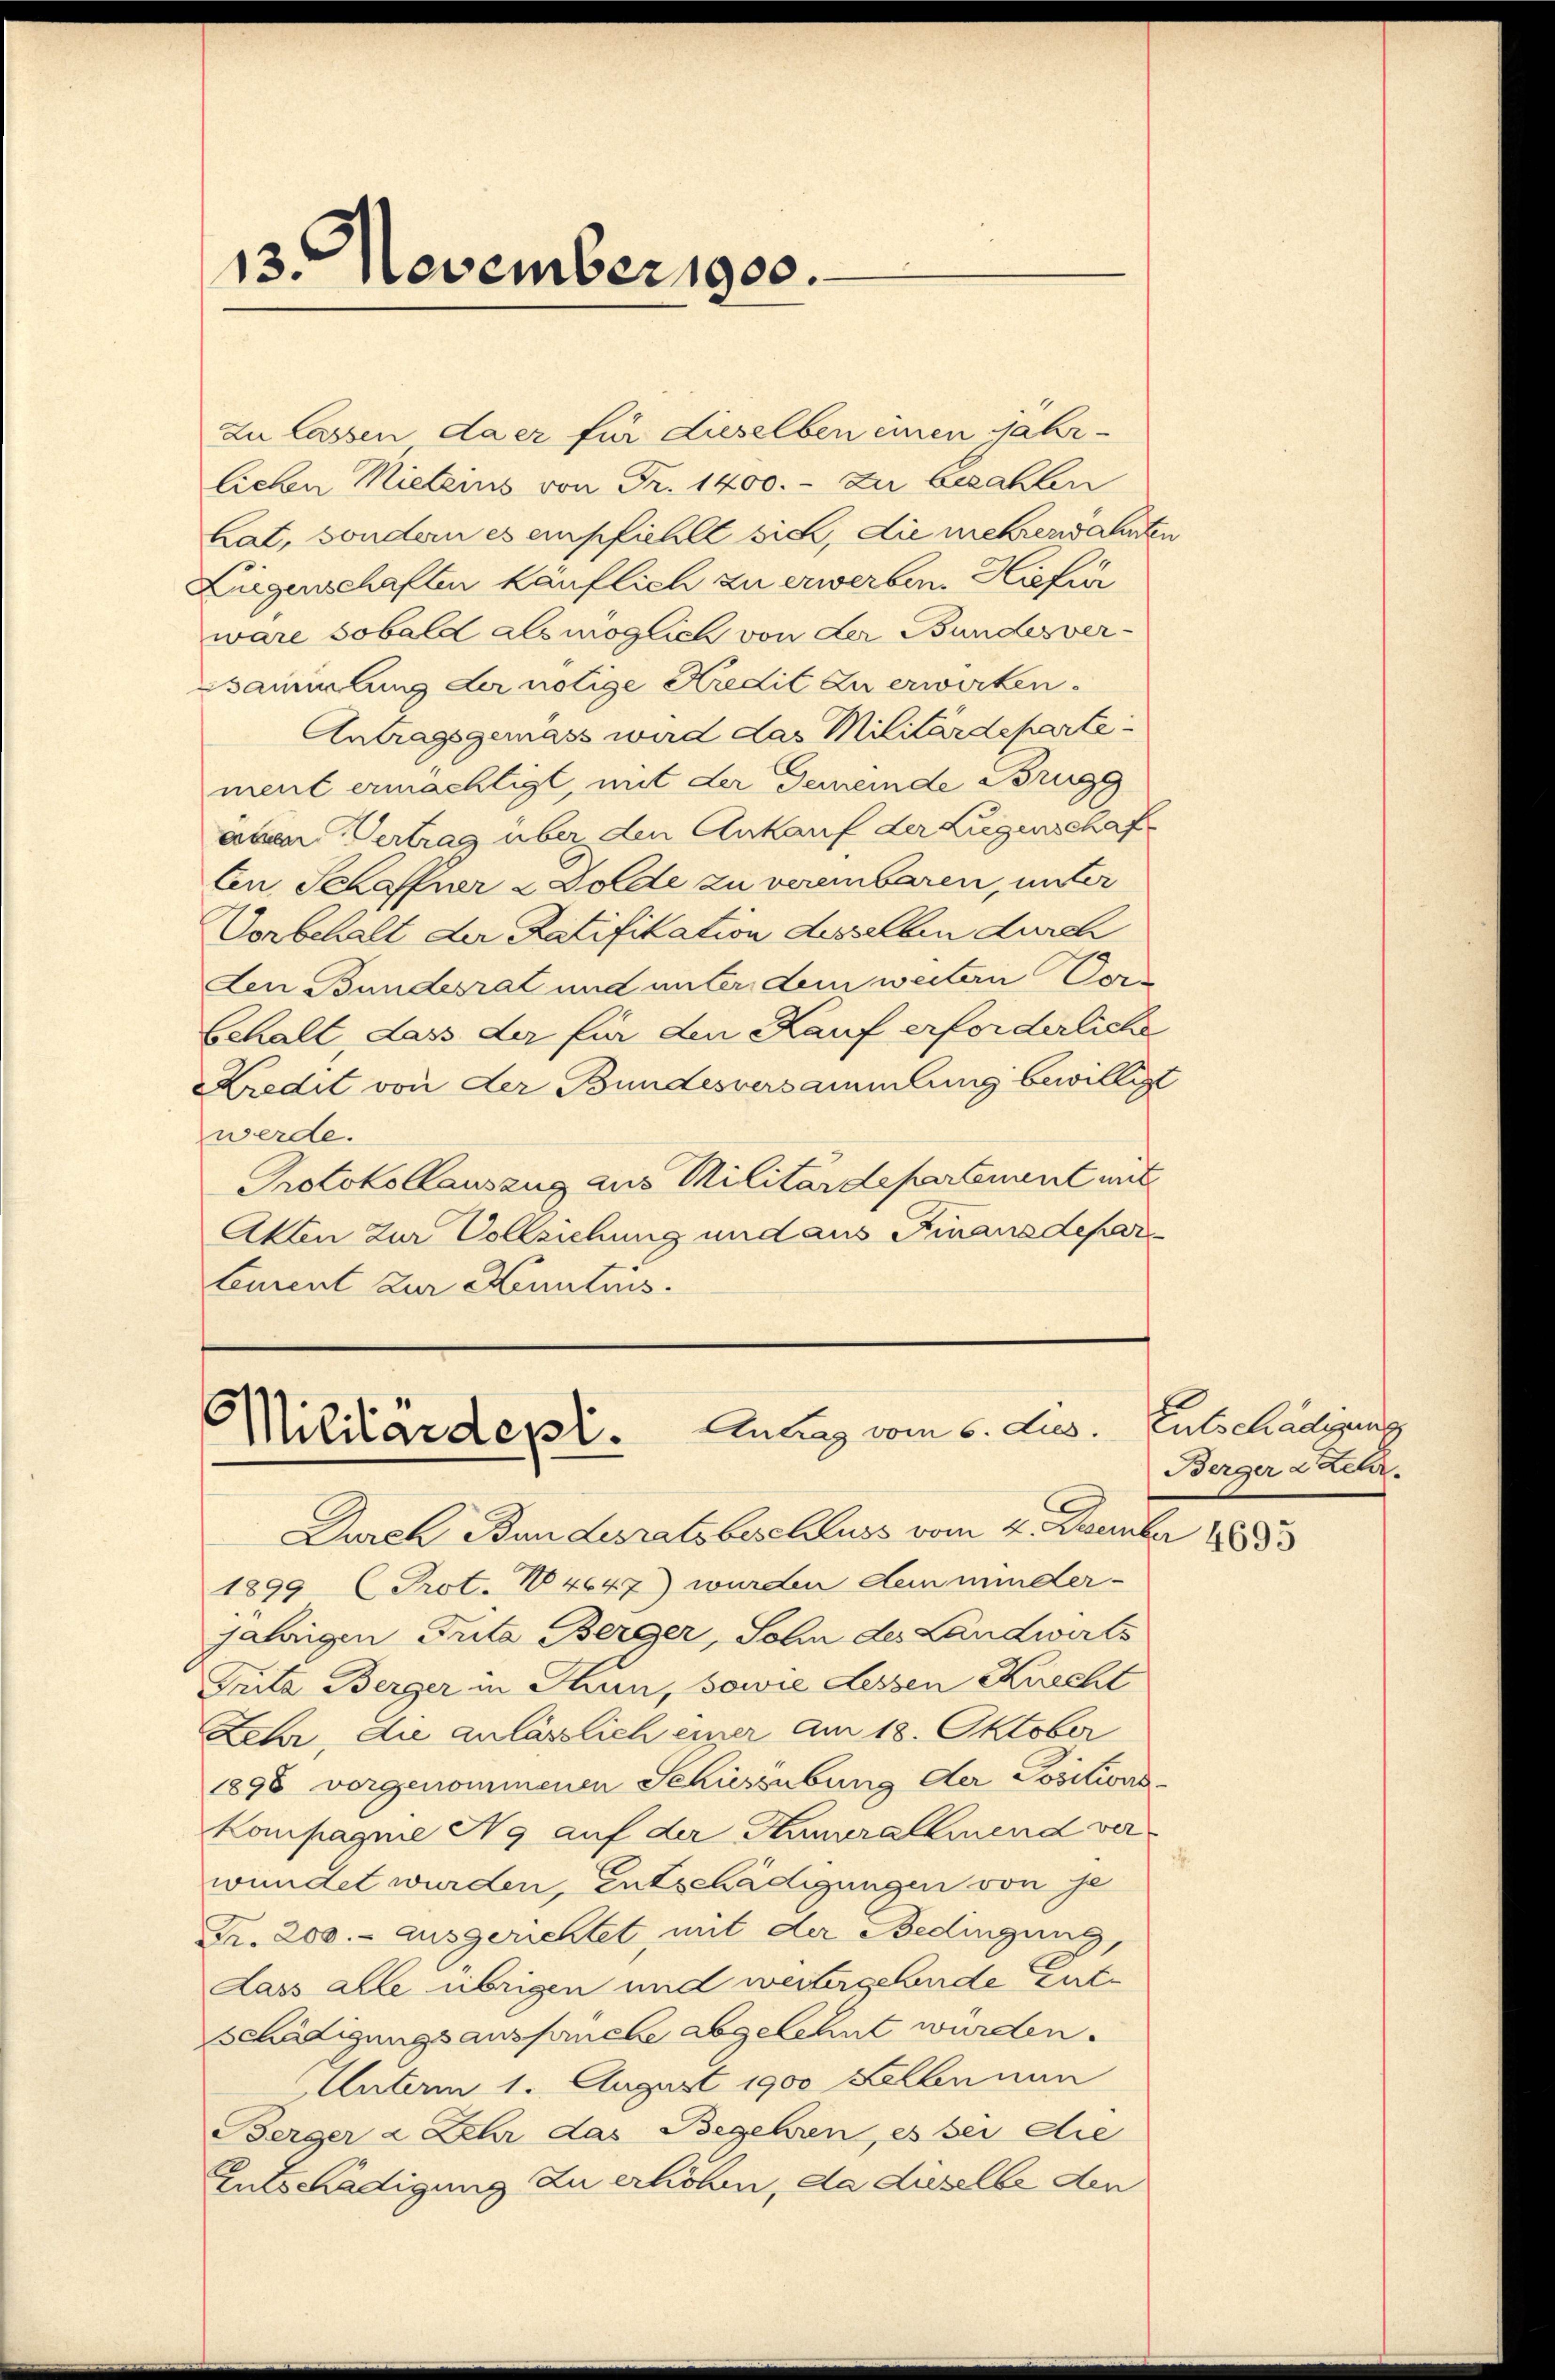
13. November 1900.

zu lassen daer für dieselben einen jähr-
lichen Mieteins von Fr. 1400. - zu bezahlen
hat, sondern es empfiehlt sich, die mehrendahnten
Liegenschaften käuflich zu erwerben. Hiefie
wäre sobald als möglich von der Bundesver-
sammlung der nötige Kredit zu erwirken.
Antragsgemäss wird das Militärdeparte
ment ermächtigt, mit der Gemeinde Brugg
aben Vertrag über den Ankauf der Liegenschaft
Cen Schaffner & Dolde zu vereinbaren, unter
Vorbehalt der Ratifikation desselben durch
den Bundesrat und unter dem weitern Verbehalt, dass der für den Kauf erforderliche
Kredit von der Bundesversammlung bewilligt
werde.
Protokollauszug aus Militärdepartement mit
Akten zur Vollziehung und aus Finanzdepar
Ceurent zur Kenntnis.

Militärdepl. Antrag vom 5. Jus

Durch Ban Lesrats beschluss vom 4. Dezember 188833
1899 (Prot. No 4647) wurden den minder-
jährigen Trita Berger, Sohn des Landwirts
Grita Berger in Thun, sowie dessen Knecht
Lehr, die anlässlich einer am 18. Oktober
1898 vorgenommenen Schussübung der Positions-
Kompagnie Ng auf der Theuralemend verwundet wurden, entschädigungen von je
Fr. 200.- ausgerichtet, mit der Bedingung,
dass alle übrigen und weitergebende Entsschädigungsausfruche abgelehnt wurden.
Unterm 1. August 1900 Kellen nun
Berger a Sehr das Begehren, es sei die
Entschädigung zu erhöhen, da dieselbe den

Entschädigung
Berger 2 Kehr.